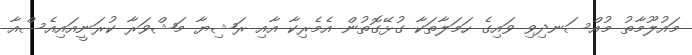
މައުލޫމާތު މުއްސަނދިވި ވައިގެ ހަމަލާތަކާ ގުޅޭގޮތުން އެމެރިކާ އާއި ރަޝިޔާ މަޝްވަރާ ކުރަނީއައިއެސްއާ